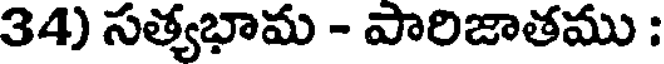
34) సత్యభామ - పారిజాతము :